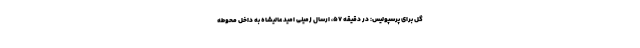
گل برای پرسپولیس: در دقیقه ۵۷، ارسال زمینی امید عالیشاه به داخل محوطه